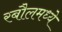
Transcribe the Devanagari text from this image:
रबौलमध्ये